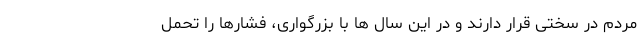
مردم در سختی قرار دارند و در این سال ها با بزرگواری، فشارها را تحمل